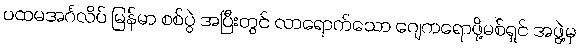
ပထမအင်္ဂလိပ် မြန်မာ စစ်ပွဲ အပြီးတွင် လာရောက်သော ဂျေကရောဖို့မစ်ရှင် အဖွဲ့မှ